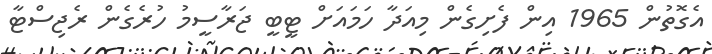
އެގޮތުން 1965 އިން ފެށިގެން މިއަދާ ހަމައަށް ޓީބީ ޖަރާސީމު ހުރެގެން ރެޖިސްޓާ